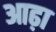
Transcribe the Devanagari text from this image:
आढ़ा